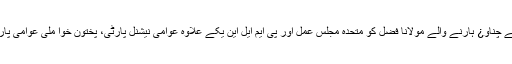
گذشتہ ماہ کے عام انتخابات میں دونوں حلقوں سے چناو¿ ہارنے والے مولانا فضل کو متحدہ مجلس عمل اور پی ایم ایل این یکے علاوہ عوامی نیشنل پارٹی، پختون خوا ملی عوامی پارٹی اور نیشنل پارٹی کی بھی حمایت حاصل ہے۔